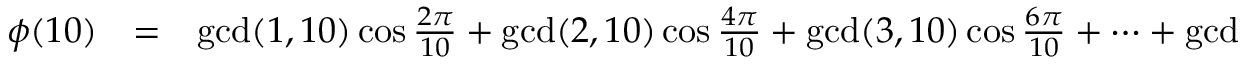
\begin{array} { r c l } { \phi ( 1 0 ) } & { = } & { \operatorname* { g c d } ( 1 , 1 0 ) \cos { \frac { 2 \pi } { 1 0 } } + \operatorname* { g c d } ( 2 , 1 0 ) \cos { \frac { 4 \pi } { 1 0 } } + \operatorname* { g c d } ( 3 , 1 0 ) \cos { \frac { 6 \pi } { 1 0 } } + \cdots + \operatorname* { g c d } ( 1 0 , 1 0 ) \cos { \frac { 2 0 \pi } { 1 0 } } } \end{array}